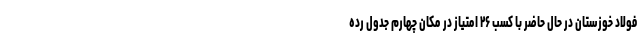
فولاد خوزستان در حال حاضر با کسب ۲۶ امتیاز در مکان چهارم جدول رده